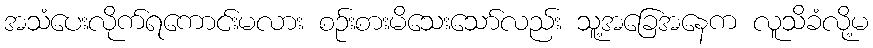
အသံပေးလိုက်ရကောင်းမလား စဉ်းစားမိသေးသော်လည်း သူ့အခြေအနေက လူသိခံလို့မ